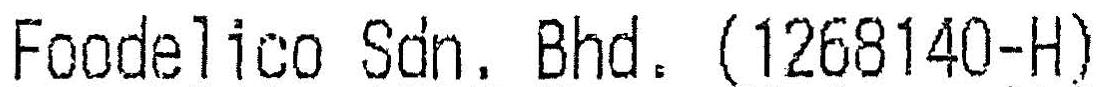
FOODELICO SDN. BHD. (1268140-H)